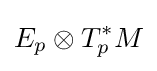
E_{p}\otimes T_{p}^{*}M